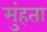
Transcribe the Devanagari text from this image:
मुंहता